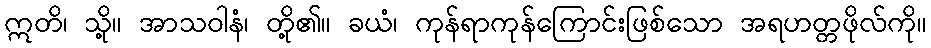
ဣတိ၊ သို့။ အာသဝါနံ၊ တို့၏။ ခယံ၊ ကုန်ရာကုန်ကြောင်းဖြစ်သော အရဟတ္တဖိုလ်ကို။